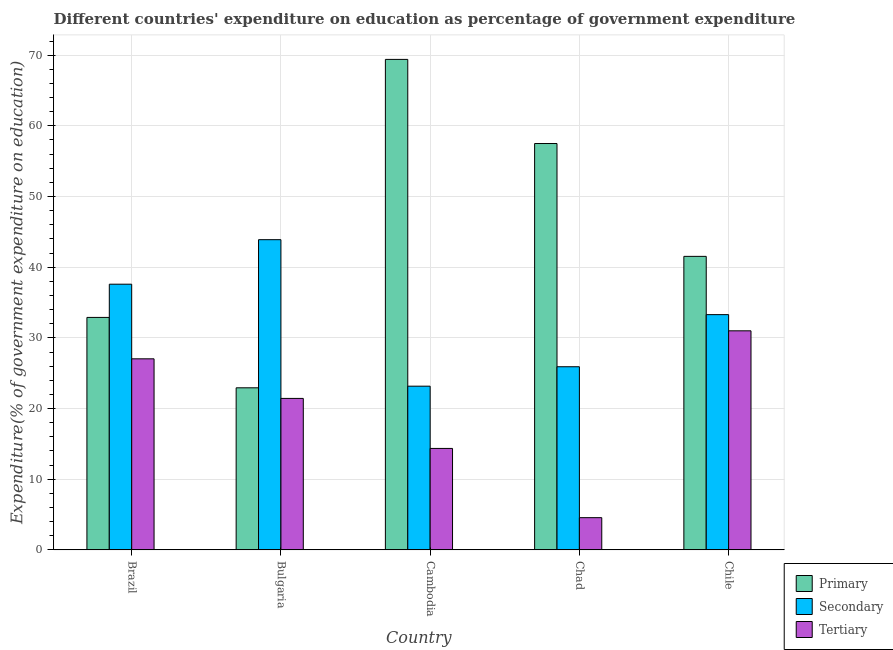
| Country | Primary | Secondary | Tertiary |
 | --- | --- | --- | --- |
 | Brazil | 32.9 | 37.6 | 27 |
 | Bulgaria | 22.9 | 43.9 | 21.4 |
 | Cambodia | 69.4 | 23.2 | 14.4 |
 | Chad | 57.5 | 25.9 | 4.57 |
 | Chile | 41.5 | 33.3 | 31 |